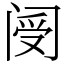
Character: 阌